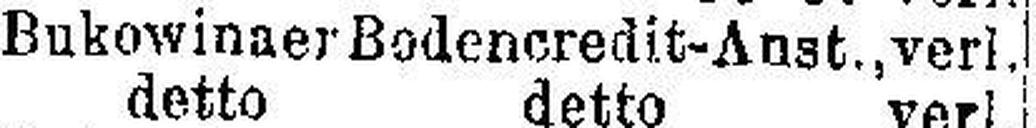
5% Bukowinaer Bodencredit-Anst., verl.